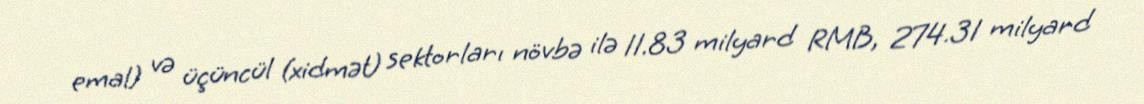
emal) və üçüncül (xidmət) sektorları növbə ilə 11.83 milyard RMB, 274.31 milyard